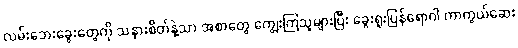
လမ်းဘေးခွေးတွေကို သနားစိတ်နဲ့သာ အစာတွေ ကျွေးကြသူများပြီး ခွေးရူးပြန်ရောဂါ ကာကွယ်ဆေး